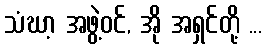
သံဃာ့ အဖွဲ့ဝင်, အို အရှင်တို့ ...